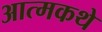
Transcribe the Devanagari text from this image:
आत्मकथे